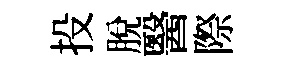
投脫醫際